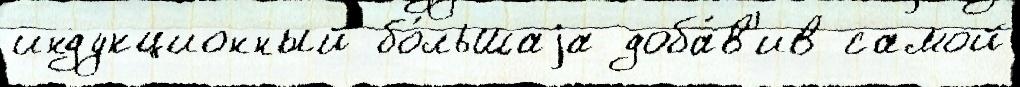
индукционный бо́льшаjа доба́в'ив самой